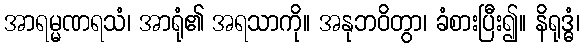
အာရမ္မဏရသံ၊ အာရုံ၏ အရသာကို။ အနုဘဝိတွာ၊ ခံစားပြီး၍။ နိရုဒ္ဓံ၊